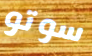
سوتو